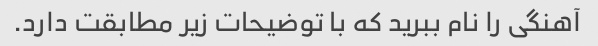
آهنگی را نام ببرید که با توضیحات زیر مطابقت دارد.